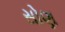
સોણ